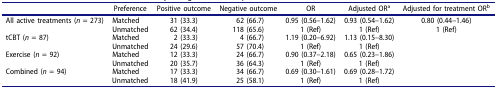
<table><thead><tr><td><b> </b></td><td><b>Preference</b></td><td><b>Positive outcome</b></td><td><b>Negative outcome</b></td><td><b>OR</b></td><td><b>Adjusted OR<sup>a</sup></b></td><td><b>Adjusted for treatment OR<sup>b</sup></b></td></tr></thead><tbody><tr><td rowspan="2">All active treatments (<i>n</i> = 273)</td><td>Matched</td><td>31 (33.3)</td><td>62 (66.7)</td><td>0.95 (0.56–1.62)</td><td>0.93 (0.54–1.62)</td><td>0.80 (0.44–1.46)</td></tr><tr><td>Unmatched</td><td>62 (34.4)</td><td>118 (65.6)</td><td>1 (Ref)</td><td>1 (Ref)</td><td>1 (Ref)</td></tr><tr><td rowspan="2">tCBT (<i>n</i> = 87)</td><td>Matched</td><td>2 (33.3)</td><td>4 (66.7)</td><td>1.19 (0.20–6.92)</td><td>1.13 (0.15–8.30)</td><td> </td></tr><tr><td>Unmatched</td><td>24 (29.6)</td><td>57 (70.4)</td><td>1 (Ref)</td><td>1 (Ref)</td><td> </td></tr><tr><td rowspan="2">Exercise (<i>n</i> = 92)</td><td>Matched</td><td>12 (33.3)</td><td>24 (66.7)</td><td>0.90 (0.37–2.18)</td><td>0.65 (0.23–1.86)</td><td> </td></tr><tr><td>Unmatched</td><td>20 (35.7)</td><td>36 (64.3)</td><td>1 (Ref)</td><td>1 (Ref)</td><td> </td></tr><tr><td rowspan="2">Combined (<i>n</i> = 94)</td><td>Matched</td><td>17 (33.3)</td><td>34 (66.7)</td><td>0.69 (0.30–1.61)</td><td>0.69 (0.28–1.72)</td><td> </td></tr><tr><td>Unmatched</td><td>18 (41.9)</td><td>25 (58.1)</td><td>1 (Ref)</td><td>1 (Ref)</td><td> </td></tr></tbody></table>